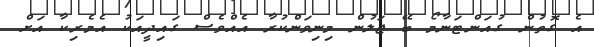
އެ ގޮތުން ގުއަންޓަނާމޯ ބޭ ޖަލުން މިނިވަންކުރާ އެއްވެސް ގައިދީއަކު އެމެރިކާ އަށް